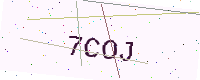
Text: 7COJ